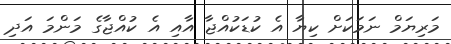
މަރިޔަމް ނަމަކަށް ކިޔާ އެ ކުޑަކުއްޖާ އާއި އެ ކުއްޖާގެ މަންމަ އަދި